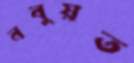
নবুয়ত